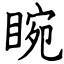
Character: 睕